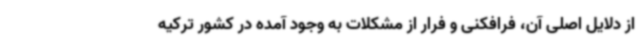
از دلایل اصلی آن، فرافکنی و فرار از مشکلات به وجود آمده در کشور ترکیه